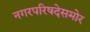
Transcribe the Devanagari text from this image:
नगरपरिषदेसमोर